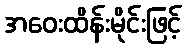
အဝေးထိန်းမိုင်းဖြင့်